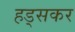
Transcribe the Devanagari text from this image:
हड्सकर